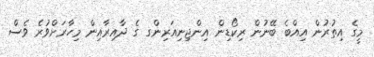
މީގެ އިތުރުން އިއްބެ ބޭނުން ރިކޯޑިން އިންޖިނިއަރިންގ ގެ ދާއިރާއިން މިހާރަށްވުރެ ވެސް